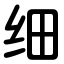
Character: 细